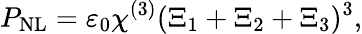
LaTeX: P_{\mathrm{NL}}=\varepsilon_{0}\chi^{(3)}(\Xi_{1}+\Xi_{2}+\Xi_{3})^{3},